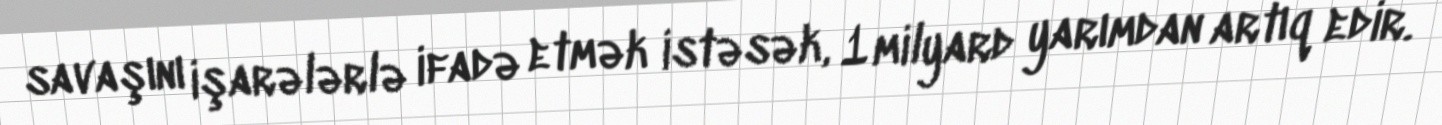
savaşını işarələrlə ifadə etmək istəsək, 1 milyard yarımdan artıq edir.